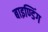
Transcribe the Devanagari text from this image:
बाइण्डिंग